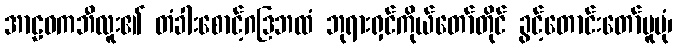
အာဠဝကဘီလူး၏ တံခါးစောင့်ဂဒြဘထံ ဘုရားရှင်ကိုယ်တော်တိုင် ခွင့်တောင်းတော်မူပုံ၊